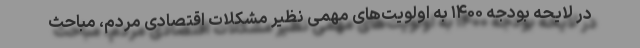
در لایحه بودجه ۱۴۰۰ به اولویت‌های مهمی نظیر مشکلات اقتصادی مردم، مباحث